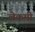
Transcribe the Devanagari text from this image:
लेकमी